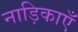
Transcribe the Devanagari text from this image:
नाड़िकाएँ